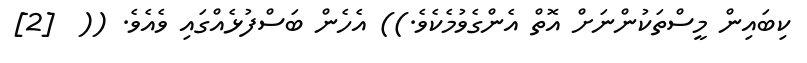
ކިބައިން މީސްތަކުންނަށް އޮތް އެންގެވުމެކެވެ.)) އެހެން ބަސްފުޅެއްގައި ވެއެވެ. ((  [2]